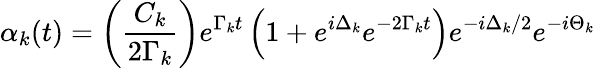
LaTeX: \alpha_{k}(t)=\left(\frac{C_{k}}{2\Gamma_{k}}\right)e^{\Gamma_{k}t}\left(1+e^{i\Delta_{k}}e^{-2\Gamma_{k}t}\right)e^{-i\Delta_{k}/2}e^{-i\Theta_{k}}